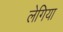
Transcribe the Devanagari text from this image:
लेगिया